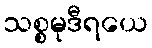
သစ္စမုဒီရယေ